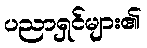
ပညာရှင်များ၏